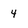
Character: 4